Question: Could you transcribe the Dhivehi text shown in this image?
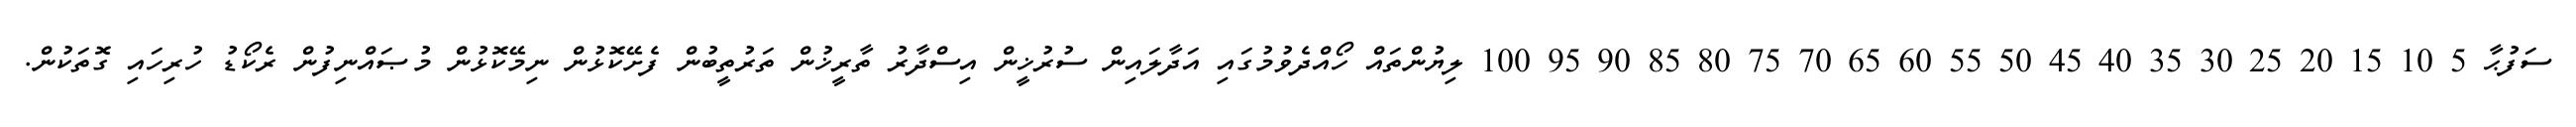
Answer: ސަފުޙާ 5 10 15 20 25 30 35 40 45 50 55 60 65 70 75 80 85 90 95 100 ލިޔުންތައް ހޯއްދެވުމުގައި އަދާލައިން ސުރުޚީން އިސްދާރު ތާރީޚުން ތަރުތީބުން ފެށޭކޮޅުން ނިމޭކޮޅުން މުޞައްނިފުން ރެކޯޑު ހުރިހައި ގޮތަކުން.